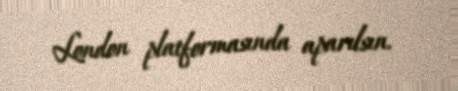
London platformasında aparılsın.